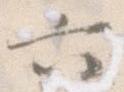
六